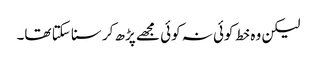
لیکن وہ خط کوئی نہ کوئی مجھے پڑھ کر سنا سکتا تھا۔